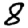
Digit: 8